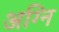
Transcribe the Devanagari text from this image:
अग्‍नि